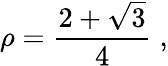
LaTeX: \rho=\frac{2+\sqrt{3}}{4}\; ,